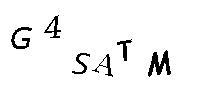
G4SATM